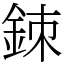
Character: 𨦉